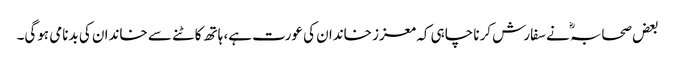
بعض صحابہؓ نے سفارش کرنا چاہی کہ معزز خاندان کی عورت ہے، ہاتھ کاٹنے سے خاندان کی بدنامی ہوگی۔